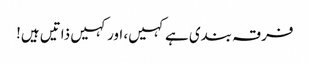
فرقہ بندی ہے کہیں، اور کہیں ذاتیں ہیں!